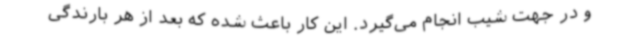
و در جهت شیب انجام می‌گیرد. این کار باعث شده که بعد از هر بارندگی